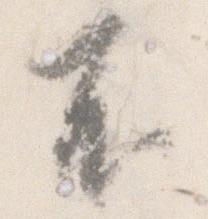
不